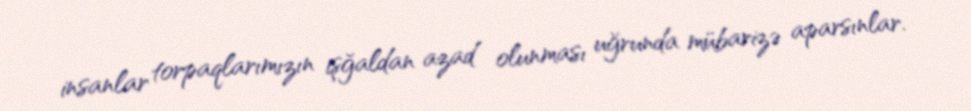
insanlar torpaqlarımızın işğaldan azad olunması uğrunda mübarizə aparsınlar.